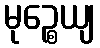
မုဉ္စေယျ